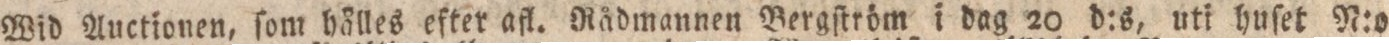
Wid Auctionen, ſom hålles efter afl. Rådmannen Bergſtröm i dag 20 d:s, uti huſet N:o